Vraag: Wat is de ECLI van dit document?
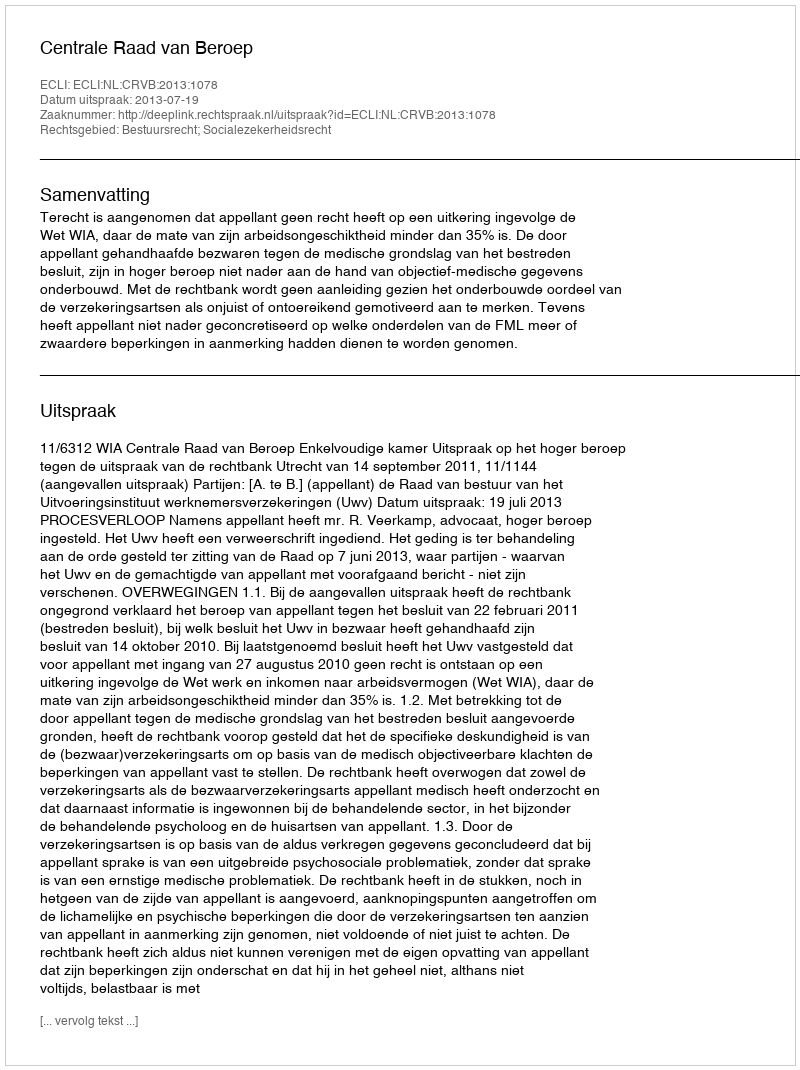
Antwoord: ECLI:NL:CRVB:2013:1078